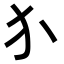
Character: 𬌩